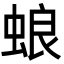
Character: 蜋